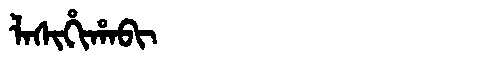
Manchu: ᠯᠠᠰᡳᡥᡳᡥᠠᠪᡳ
Romanization: LASIHIHABI